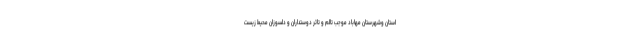
استان وشهرستان مهاباد موجب تالم و تاثر دوستداران و دلسوزان محیط زیست